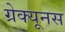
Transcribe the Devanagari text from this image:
ग्रेक्यूनस